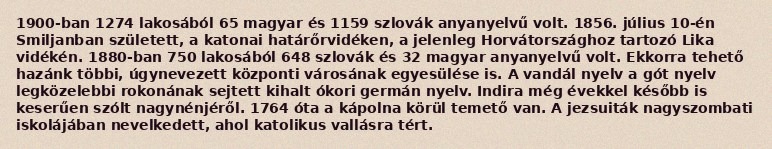
1900-ban 1274 lakosából 65 magyar és 1159 szlovák anyanyelvű volt. 1856. július 10-én Smiljanban született, a katonai határőrvidéken, a jelenleg Horvátországhoz tartozó Lika vidékén. 1880-ban 750 lakosából 648 szlovák és 32 magyar anyanyelvű volt. Ekkorra tehető hazánk többi, úgynevezett központi városának egyesülése is. A vandál nyelv a gót nyelv legközelebbi rokonának sejtett kihalt ókori germán nyelv. Indira még évekkel később is keserűen szólt nagynénjéről. 1764 óta a kápolna körül temető van. A jezsuiták nagyszombati iskolájában nevelkedett, ahol katolikus vallásra tért.